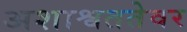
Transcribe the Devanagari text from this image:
अशाश्वततेवर